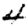
Digit: 4